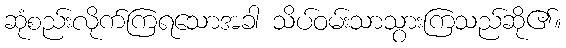
ဆုံစည်းလိုက်ကြရသောအခါ သိပ်ဝမ်းသာသွားကြသည်ဆို၏။